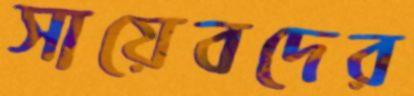
সায়েবদের